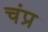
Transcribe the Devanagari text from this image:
चंप्र